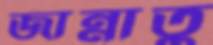
জান্নাতু